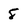
Character: 8